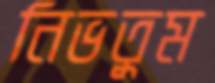
নিভতুম